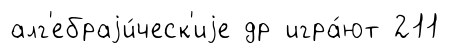
алг'ебраjи́ческ'иjе др игра́ют 211